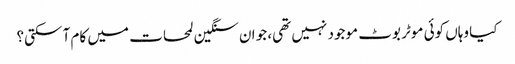
کیا وہاں کوئی موٹر بوٹ موجود نہیں تھی، جو ان سنگین لمحات میں کام آ سکتی؟